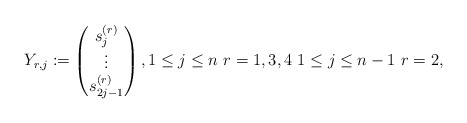
\begin{align*} Y_{r,j}:= \begin{pmatrix} s_j^{(r)} \\ \vdots \\ s_{2j-1}^{(r)} \end{pmatrix}, 1 \le j\le n\ r=1,3,4\ 1 \le j \le n-1\ r=2,\end{align*}